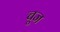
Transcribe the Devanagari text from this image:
चूज